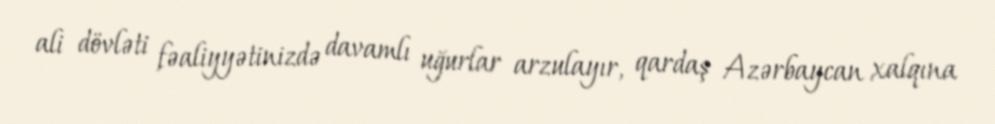
ali dövləti fəaliyyətinizdə davamlı uğurlar arzulayır, qardaş Azərbaycan xalqına